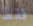
فقط